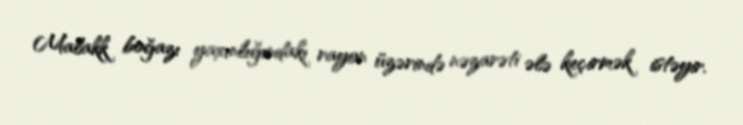
Malakk boğazı yaxınlığındakı rayon üzərində nəzarəti ələ keçirmək istəyir.